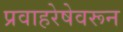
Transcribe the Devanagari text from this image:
प्रवाहरेषेवरून